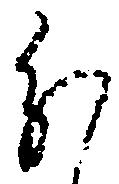
分